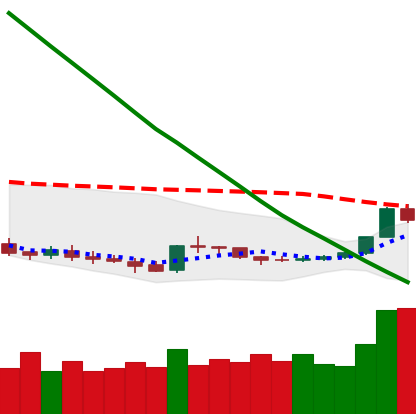
Ticker: DOGE-USD
Chart end date: 2019-02-19
Forward return: -4.499%
Label: down_3_5